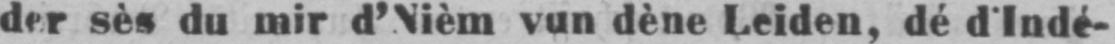
der sès du mir d’Nièm vun dène Leiden, dé d’Indé-